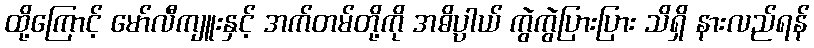
ထို့ကြောင့် မော်လီကျူးနှင့် အက်တမ်တို့ကို အဓိပ္ပါယ် ကွဲကွဲပြားပြား သိရှိ နားလည်ရန်